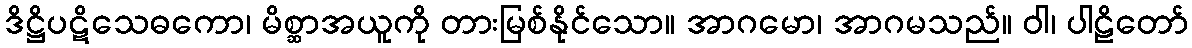
ဒိဋ္ဌိပဋိသေဓကော၊ မိစ္ဆာအယူကို တားမြစ်နိုင်သော။ အာဂမော၊ အာဂမသည်။ ဝါ၊ ပါဠိတော်